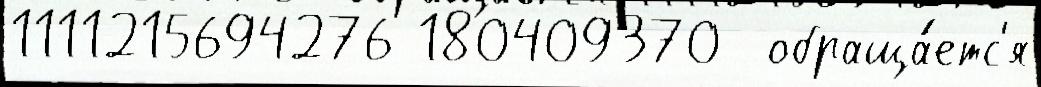
1111215694276 180409370  обраща́етс'я